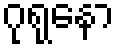
ဂုရုနော